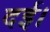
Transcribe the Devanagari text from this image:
दई।